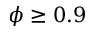
\phi \geq 0 . 9